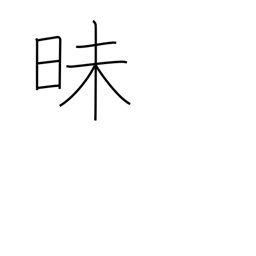
Meaning: dark